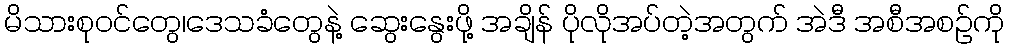
မိသားစုဝင်တွေ၊ဒေသခံတွေနဲ့ ဆွေးနွေးဖို့ အချိန် ပိုလိုအပ်တဲ့အတွက် အဲဒီ အစီအစဉ်ကို